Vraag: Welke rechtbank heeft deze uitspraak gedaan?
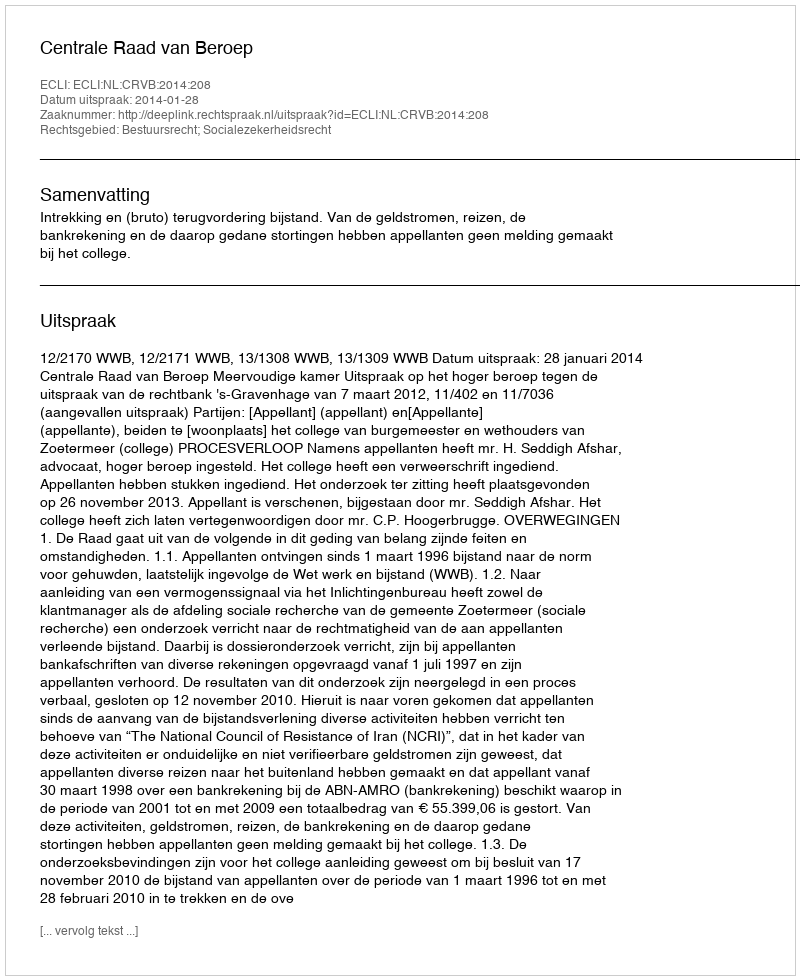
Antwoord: Centrale Raad van Beroep